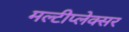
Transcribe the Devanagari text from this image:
मल्टीप्लेक्सर